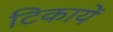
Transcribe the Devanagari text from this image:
टिकायें